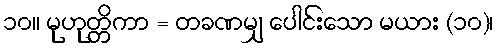
၁၀။ မုဟုတ္တိကာ = တခဏမျှ ပေါင်းသော မယား (၁၀)၊